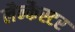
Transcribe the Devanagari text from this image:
लैन्कैस्टर